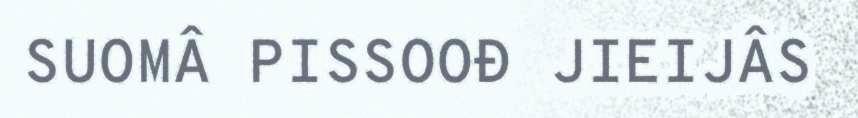
SUOMÂ PISSOOĐ JIEIJÂS